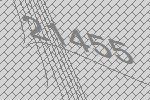
21455